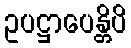
ဥပဋ္ဌာပေန္တိပိ